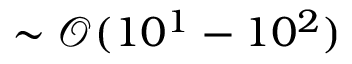
\sim \mathcal { O } ( 1 0 ^ { 1 } - 1 0 ^ { 2 } )